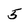
Character: 5